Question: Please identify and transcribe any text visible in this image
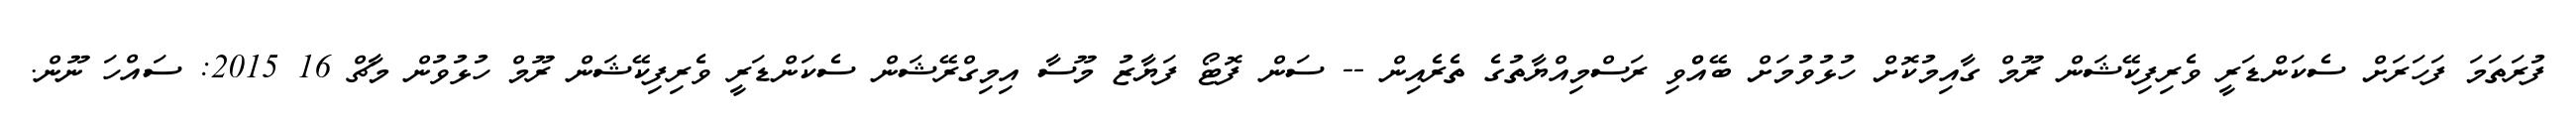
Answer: ފުރަތަމަ ފަހަރަށް ސެކަންޑަރީ ވެރިފިކޭޝަން ރޫމް ގާއިމުކޮށް ހުޅުވުމަށް ބޭއްްވި ރަސްމިއްޔާތުގެ ތެރެއިން -- ސަން ފޮޓޯ ފަޔާޒު މޫސާ އިމިގްރޭޝަން ސެކަންޑަރީ ވެރިފިކޭޝަން ރޫމް ހުޅުވުން މާޗް 16 2015: ސައްހަ ނޫން.